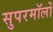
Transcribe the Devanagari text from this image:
सुपरमॉलों